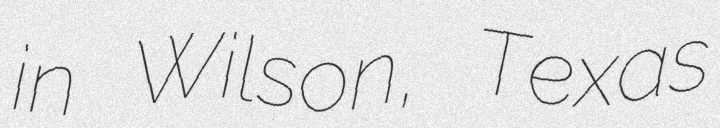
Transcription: in Wilson, Texas